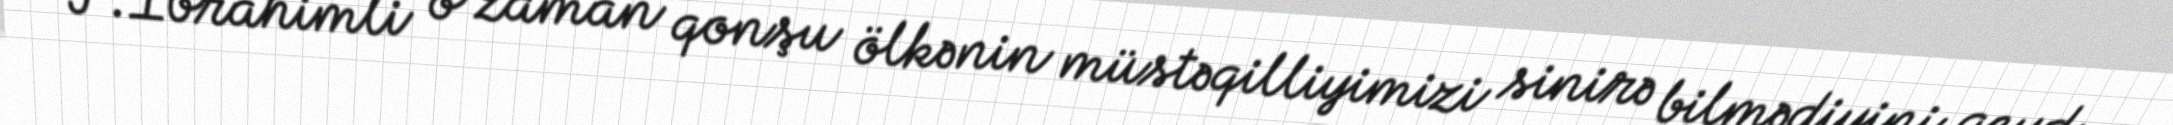
F.İbrahimli o zaman qonşu ölkənin müstəqilliyimizi sinirə bilmədiyini qeyd